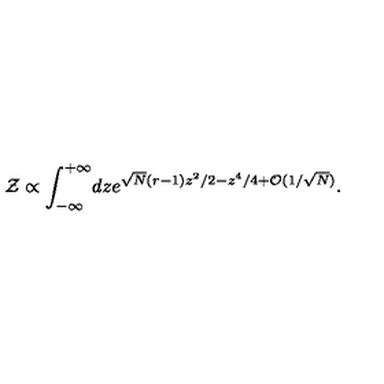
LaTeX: { \cal Z } \propto \int _ { - \infty } ^ { + \infty } \! d z e ^ { \sqrt { N } ( r - 1 ) z ^ { 2 } / 2 - z ^ { 4 } / 4 + { \cal O } ( 1 / \sqrt { N } ) } .